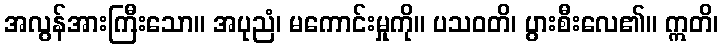
အလွန်အားကြီးသော။ အပုညံ၊ မကောင်းမှုကို။ ပသဝတိ၊ ပွားစီးလေ၏။ ဣတိ၊